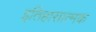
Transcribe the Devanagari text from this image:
इतिहासात्मक